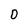
Character: D